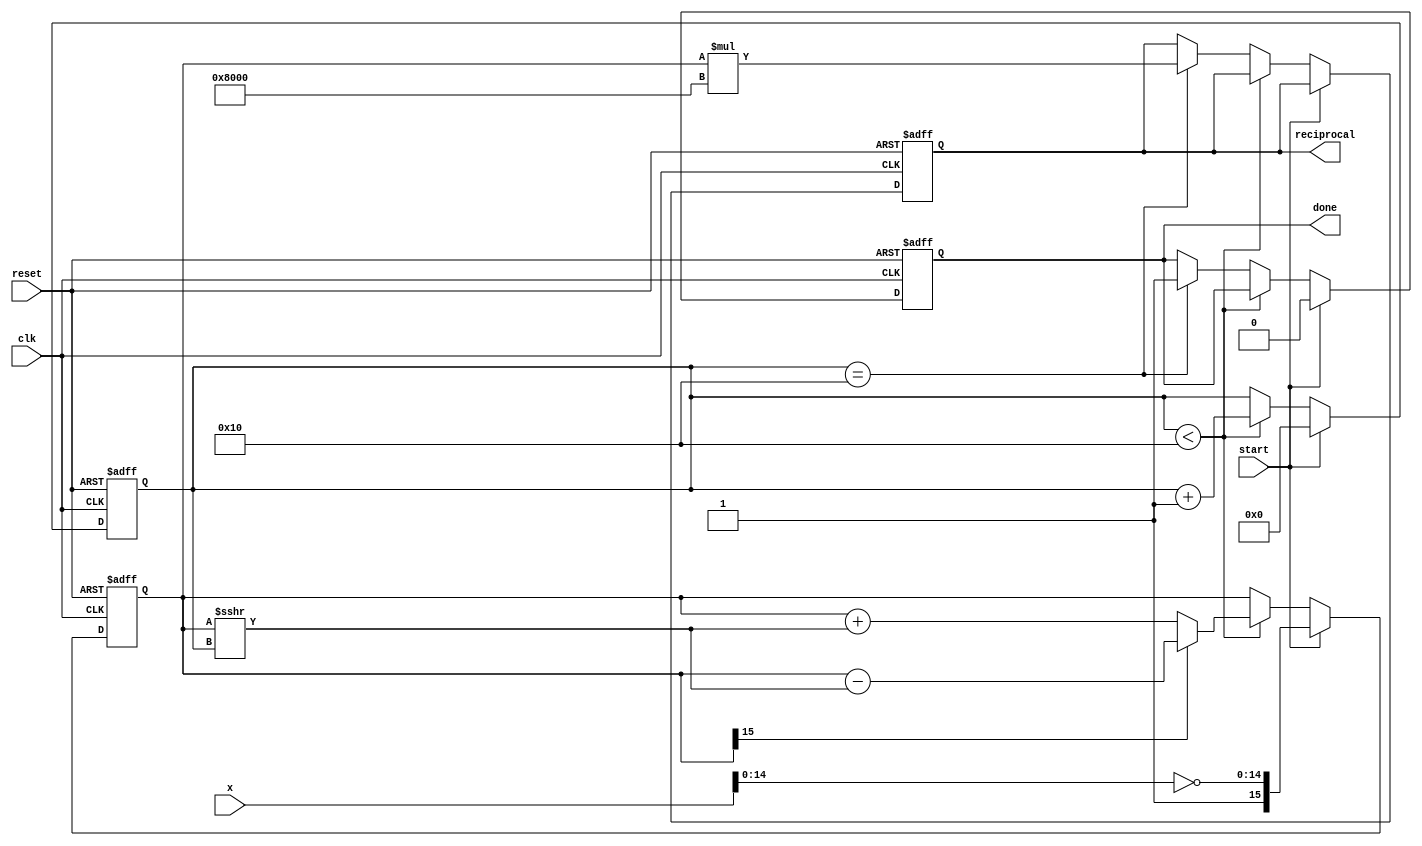
module cordic_reciprocal (
    input wire [15:0] x,       // Input fixed-point number (1.x format)
    input wire clk,            // Clock signal
    input wire reset,          // Asynchronous reset
    input wire start,          // Start signal for computation
    output reg [15:0] reciprocal, // Reciprocal output
    output reg done            // Done signal
);

// Parameters
parameter ITERATIONS = 16;    // Number of iterations for CORDIC
parameter ANGLE_WIDTH = 16;    // Width of angle representation
parameter FIXED_POINT_SCALE = 16; // Scaling factor for fixed-point representation

// Internal state variables
reg [15:0] z;                  // Current approximation of reciprocal
reg [4:0] count;               // Iteration counter
reg [15:0] angle_table [0:ITERATIONS-1]; // Lookup table for CORDIC angles
reg [31:0] K;                  // Scaling factor

// Initialization
initial begin
    // Precompute the CORDIC gain (scaling factor)
    K = 1 << (FIXED_POINT_SCALE - 1); // Scaling factor initialization, example placeholder
    angle_table[0] = 16'hC90F; // atan(2^-0), example placeholder
    angle_table[1] = 16'hA3D7; // atan(2^-1), example placeholder
    // Fill angle_table for the remaining iterations as needed
end

// State Machine
always @(posedge clk or posedge reset) begin
    if (reset) begin
        count <= 0;
        z <= 0;
        reciprocal <= 0;
        done <= 0;
    end else if (start) begin
        // Initial approximation based on x
        z <= {1'b1, ~x[14:0]}; // Initial approximation: -x (1.x format)
        count <= 0;
        done <= 0; // Clear done signal
    end else if (count < ITERATIONS) begin
        // CORDIC Iteration
        if (z[15] == 0) begin
            // Update z using CORDIC rotation
            z <= z + (z >>> count);
        end else begin
            z <= z - (z >>> count);
        end
        // Increment iteration count
        count <= count + 1;
    end else if (count == ITERATIONS) begin
        // Finalize output
        reciprocal <= z * K; // Scale the result
        done <= 1; // Set done signal
    end
end

endmodule